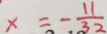
x = - \frac { 1 1 } { 3 2 }